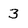
Character: 3